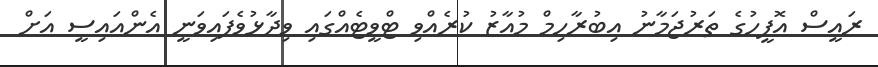
ރައީސް އޮފީހުގެ ތަރުޖަމާނު އިބުރާހިމް މުއާޒު ކުރެއްވި ޓްވީޓެއްގައި ވިދާޅުވެފައިވަނީ އެންއައިސީ އަށް